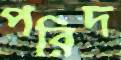
পরিদ